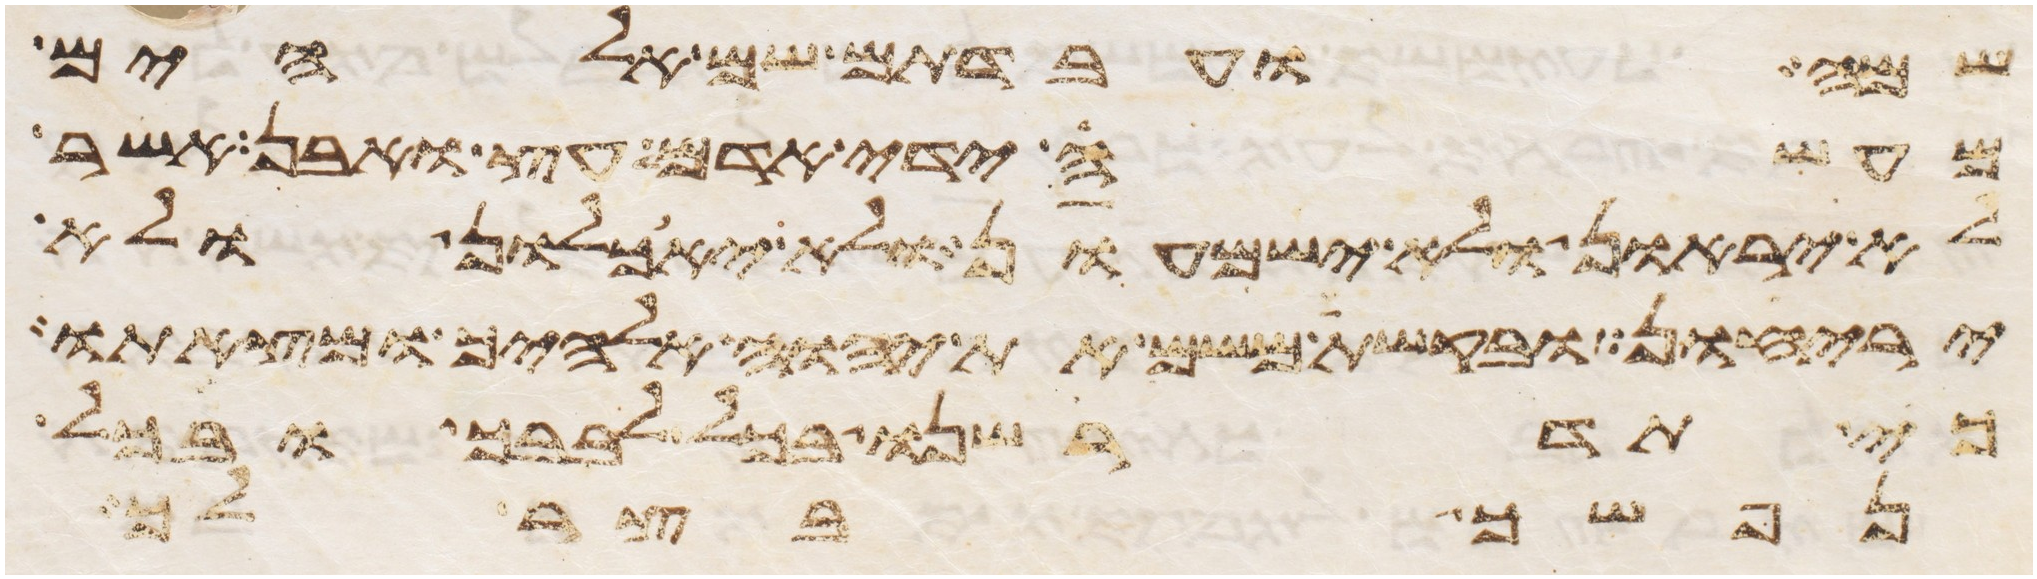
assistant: שמה ועבדתם שם אלהים
מעשה ידי אדם עץ ואבן אשר
לא יראון ולא ישמעון ולא יאכלון ולא
יריחון ובקשת משם את יהוה אלהיך ומצאתו
כי תדרשנו בכל לבבך ובכל
נפשך בצר לך